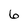
Character: 6